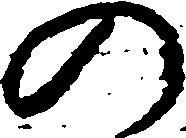
の